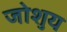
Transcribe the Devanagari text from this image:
जोशुय